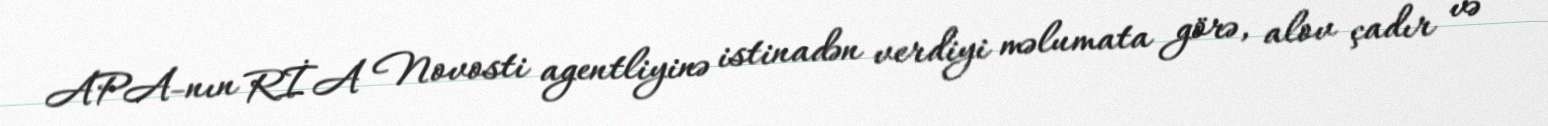
APA-nın RİA Novosti agentliyinə istinadən verdiyi məlumata görə, alov çadır və